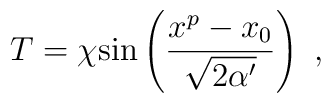
T = \chi {\rm sin}\left({x^p-x_0\over\sqrt{2\alpha'}}\right)\ ,